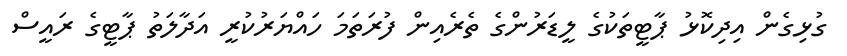
ގުޅިގެން އިދިކޮޅު ޕާޓީތަކުގެ ލީޑަރުންގެ ތެރެއިން ފުރަތަމަ ހައްޔަރުކުރީ އަދާލަތު ޕާޓީގެ ރައީސް